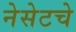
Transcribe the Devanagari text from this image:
नेसेटचे